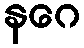
နဂေ